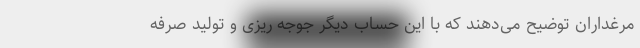
مرغداران توضیح می‌دهند که با این حساب دیگر جوجه ریزی و تولید صرفه